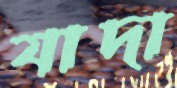
যাদা